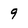
Character: 9